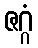
ဇဂ္ဂံ